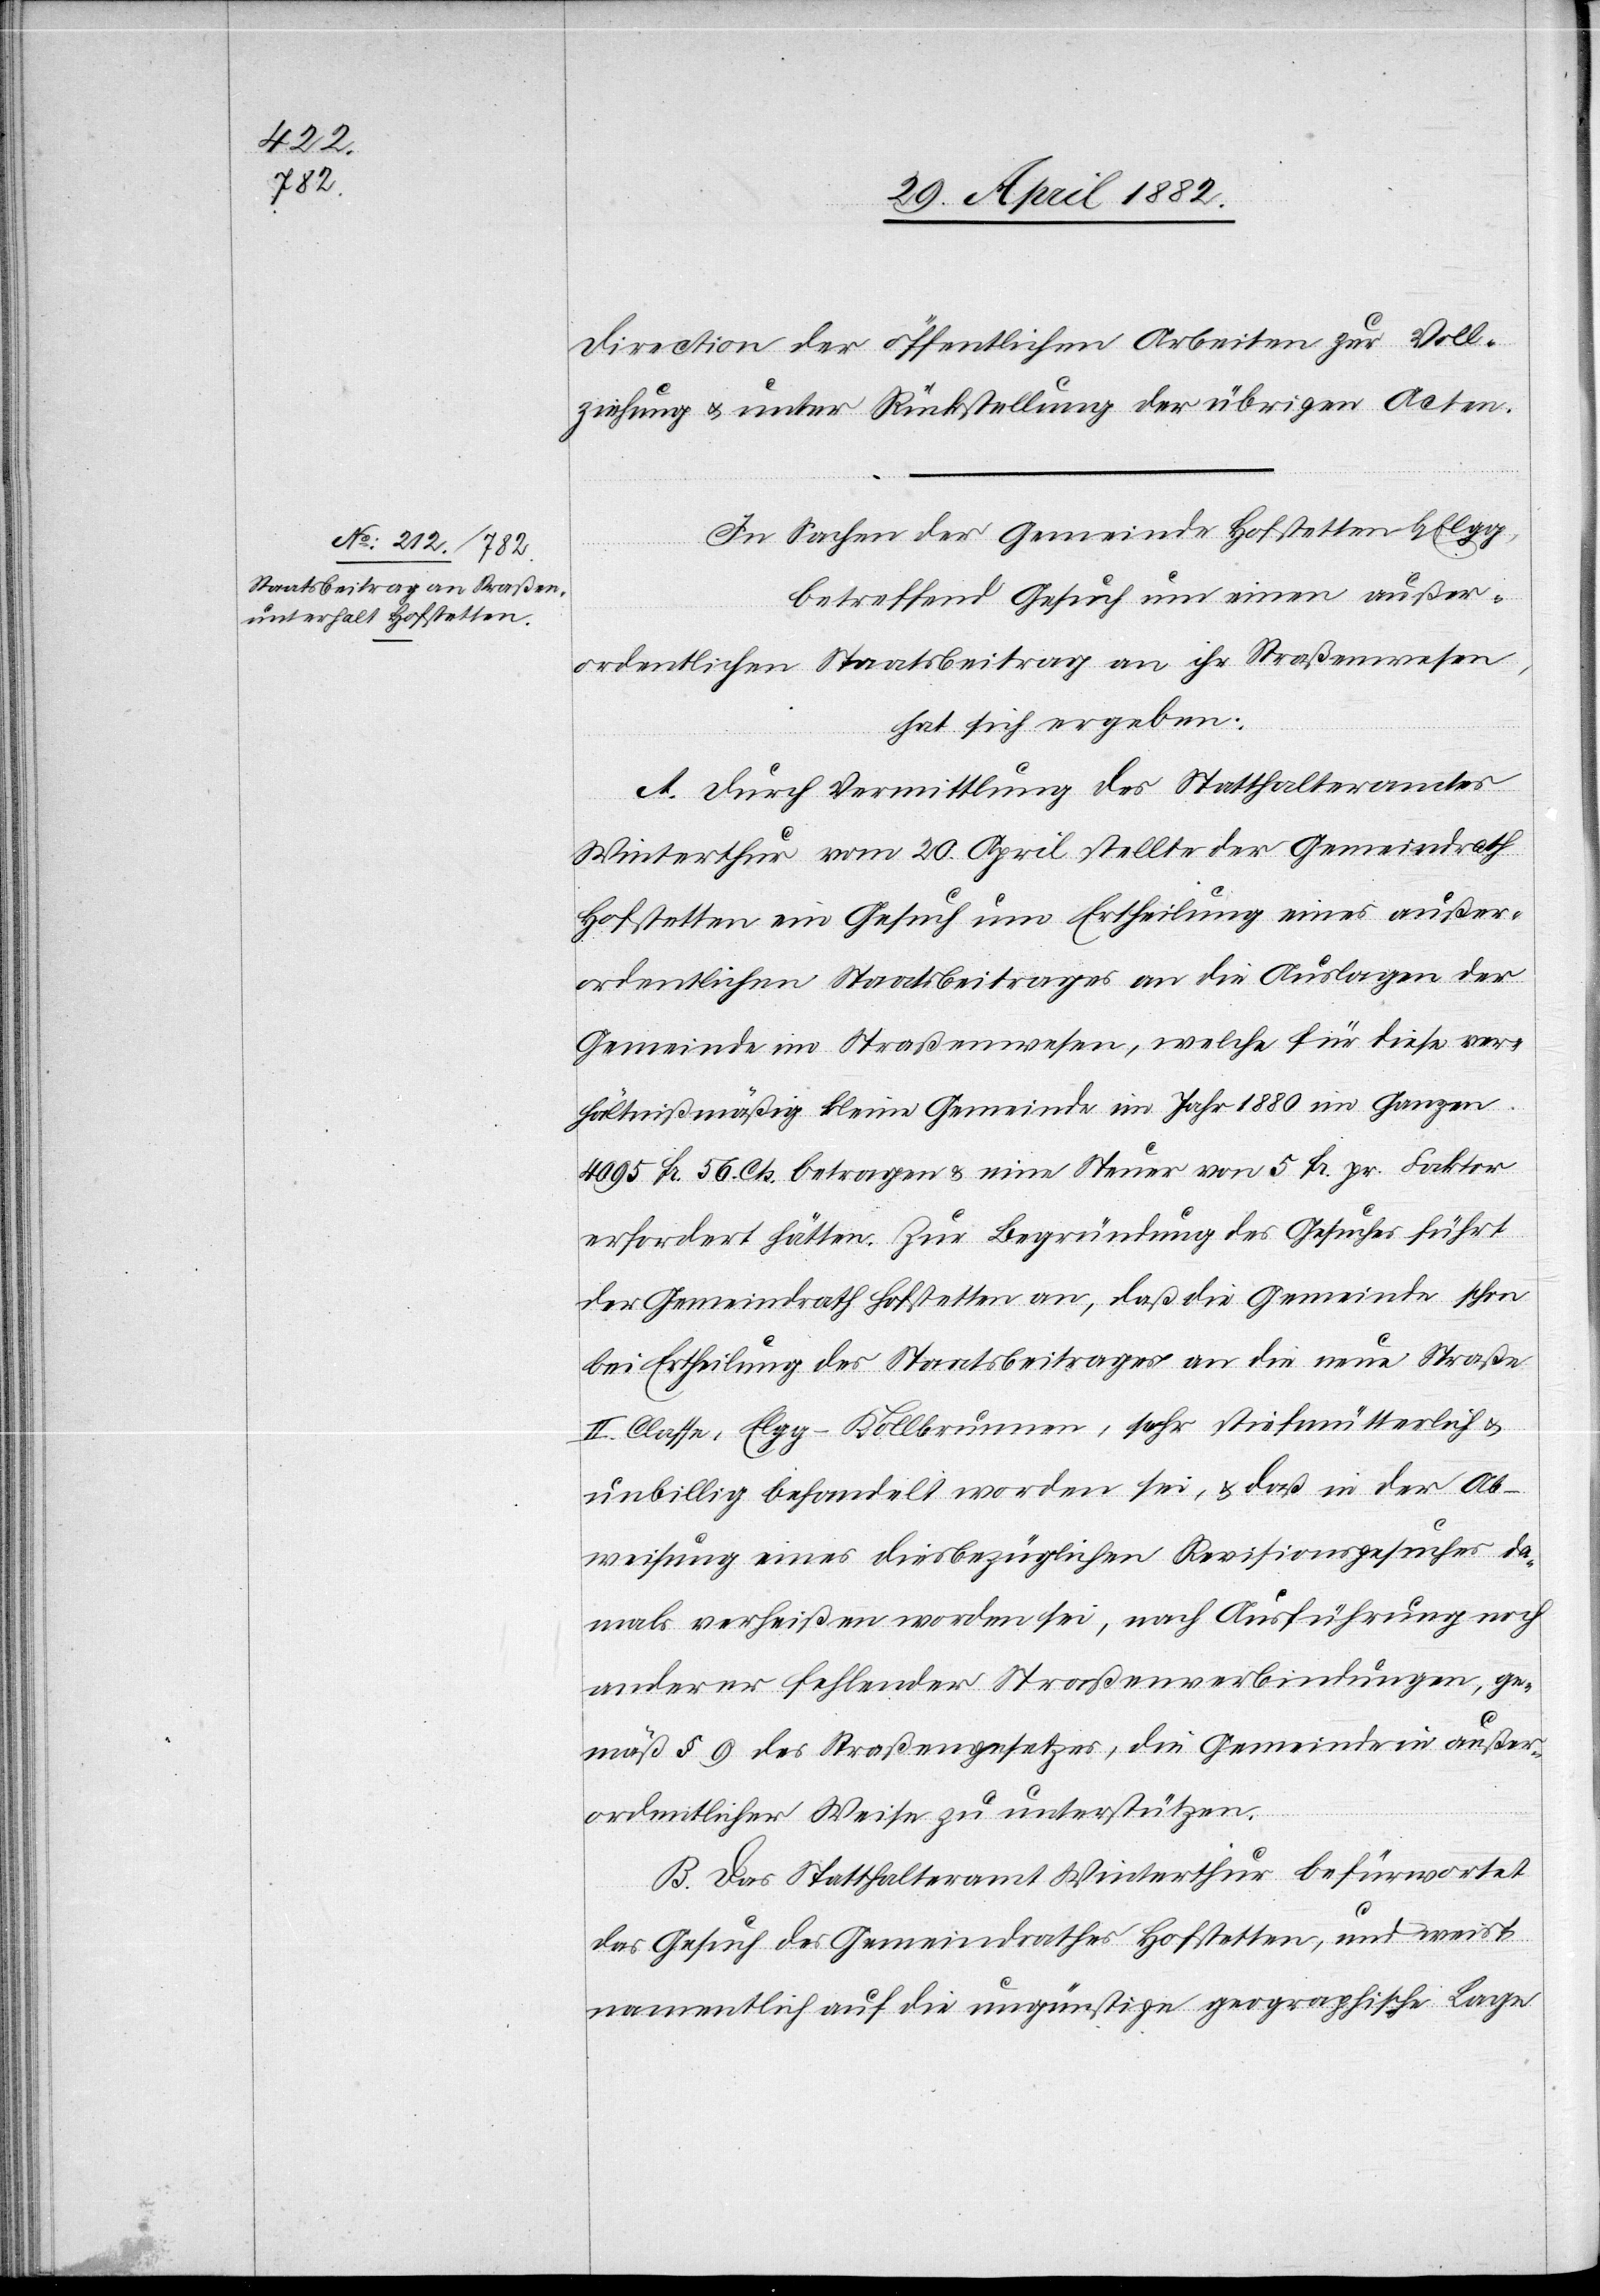
Direction der öffentlichen Arbeiten zur Voll¬
ziehung u. unter Rückstellung der übrigen Akten.
In Sachen der Gemeinde Hofstetten b. Elgg,
betreffend Gesuch um einen außer¬
ordentlichen Staatsbeitrag an ihr Straßenwesen,
hat sich ergeben:
A. Durch Vermittlung des Statthalteramtes
Winterthur vom 20. April stellte der Gemeindrath
Hofstetten ein Gesuch um Ertheilung eines außer¬
ordentlichen Staatsbeitrages an die Auslagen der
Gemeinde im Straßenwesen, welche für diese ver¬
hältnißmäßig kleine Gemeinde im Jahr 1880 im Ganzen
4095 Fr. 56 Cts. betragen & eine Steuer von 5 Fr. pr. Faktor
erfordert hätten. Zur Begründung des Gesuches führte
der Gemeindrath Hofstetten an, daß die Gemeinde schon
bei Ertheilung des Staatsbeitrages an die neue Straße
II. Classe, Elgg–Kollbrunnen, sehr stiefmütterlich &
unbillig behandelt worden sei, & daß in der Ab¬
weisung eines diesbezüglichen Revisionsgesuches da¬
mals verheißen worden sei, nach Ausführung noch
anderer fehlenden Straßenverbindungen, ge¬
mäß § 9 des Straßengesetzes, die Gemeinde in außer¬
ordentlicher Weise zu unterstützen.
B. Das Statthalteramt Winterthur befürwortet
das Gesuch des Gemeindrathes Hofstetten, und weist
namentlich auf die ungünstige geographische Lage